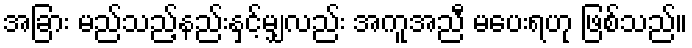
အခြား မည်သည့်နည်းနှင့်မျှလည်း အကူအညီ မပေးရဟု ဖြစ်သည်။